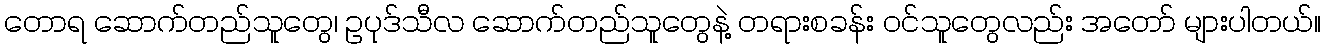
တောရ ဆောက်တည်သူတွေ၊ ဥပုဒ်သီလ ဆောက်တည်သူတွေနဲ့ တရားစခန်း ဝင်သူတွေလည်း အတော် များပါတယ်။